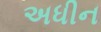
અધીન